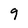
Character: 9